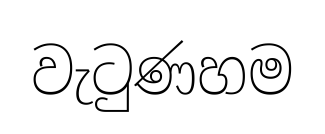
වැටුණහම